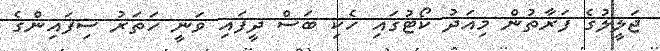
ޖަލީލުގެ ފަރާތުން މިއަދު ކޯޓުގައި ހެކި ބަސް ދީފައި ވަނީ ހަތަރު ސިފައިންގެ